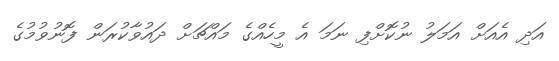
އަދި އެއަށް އަމަލު ނުކޮށްފި ނަމަ އެ މީހެއްގެ މައްޗަށް ދައުވާކުރަން ފޮނުވުމުގެ